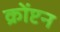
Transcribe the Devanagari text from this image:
क्रोंप्टन